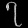
Digit: ၇